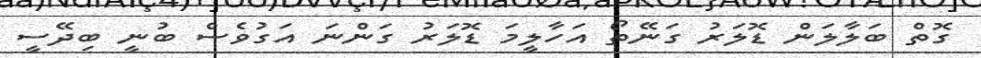
ގޮތް ބަލާލަން ޑޮލަރު ގަނޭތޯ އަހާލީމަ ޑޮލަރު ގަންނަ އަގުވެސް ބުނީ ބިދޭސީ